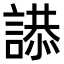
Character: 𮘫